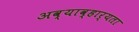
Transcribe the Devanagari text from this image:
अव्याव्हार्यता